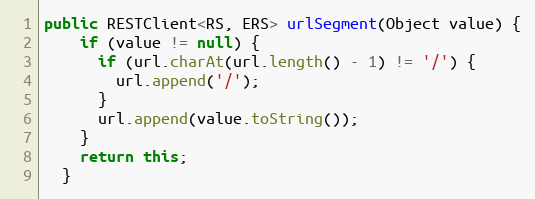
Language: Java
public RESTClient<RS, ERS> urlSegment(Object value) {
    if (value != null) {
      if (url.charAt(url.length() - 1) != '/') {
        url.append('/');
      }
      url.append(value.toString());
    }
    return this;
  }